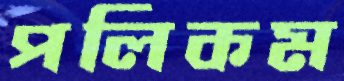
পলিকম